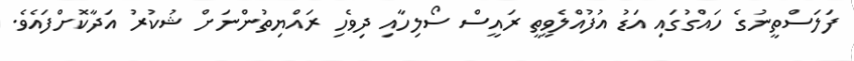
ފަލަސްތީނުގެ ހައްގުގައި އަޑު އުފުއްލެވީތީ ރައީސް ސޯލިހާއި ދިވެހި ރައްޔިތުންނަށް ޝުކުރު އަދާކޮށްފައެވެ.